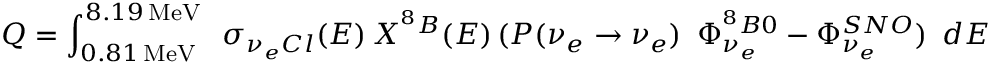
Q = \int _ { 0 . 8 1 \, \mathrm { M e V } } ^ { 8 . 1 9 \, \mathrm { M e V } } \, ~ \sigma _ { \nu _ { e } C l } ( E ) \, X ^ { ^ 8 B } ( E ) \, ( P ( \nu _ { e } \to \nu _ { e } ) \, ~ \Phi _ { \nu _ { e } } ^ { { ^ 8 B } 0 } - \Phi _ { \nu _ { e } } ^ { S N O } ) \, ~ d E